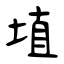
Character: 埴